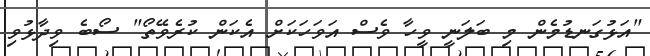
"އަޅުގަަނޑުމެން މި ބަލަނީ ވީހާ ވެސް އަވަހަކަށް އެކަން ކުރެވޭތޯ" ސޯބެ ވިދާޅުވި